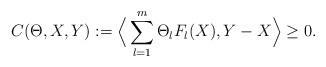
LaTeX: \begin{align*}C(\Theta,X,Y):=\Big\langle \sum_{l=1}^m\Theta_lF_l(X),Y-X\Big\rangle \geq 0.\end{align*}